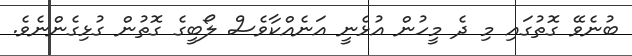
ބުނެވޭ ގޮތުގައި މި ދެ މީހުން އުޅެނީ އަނެއްކާވެސް ލޯބީގެ ގޮތުން ގުޅިގެންނެވެ.